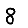
Digit: 8